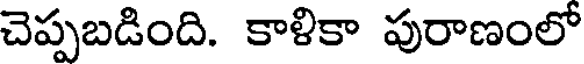
చెప్పబడింది. కాళికా పురాణంలో